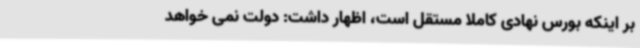
بر اینکه بورس نهادی کاملاً‌ مستقل است، اظهار داشت: دولت نمی خواهد